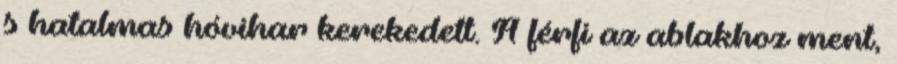
s hatalmas hóvihar kerekedett. A férfi az ablakhoz ment,